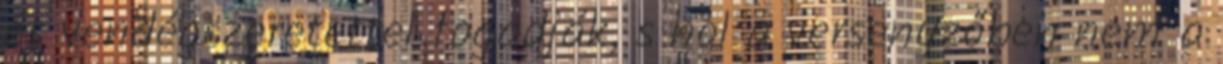
és vendégszeretettel fogadják, s hol a versenyzőben nem a